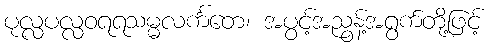
ပုလ္လပလ္လဝရရသမ္မလင်္ကတေ၊ အပွင့်အညွန့်အရွက်တို့ဖြင့်